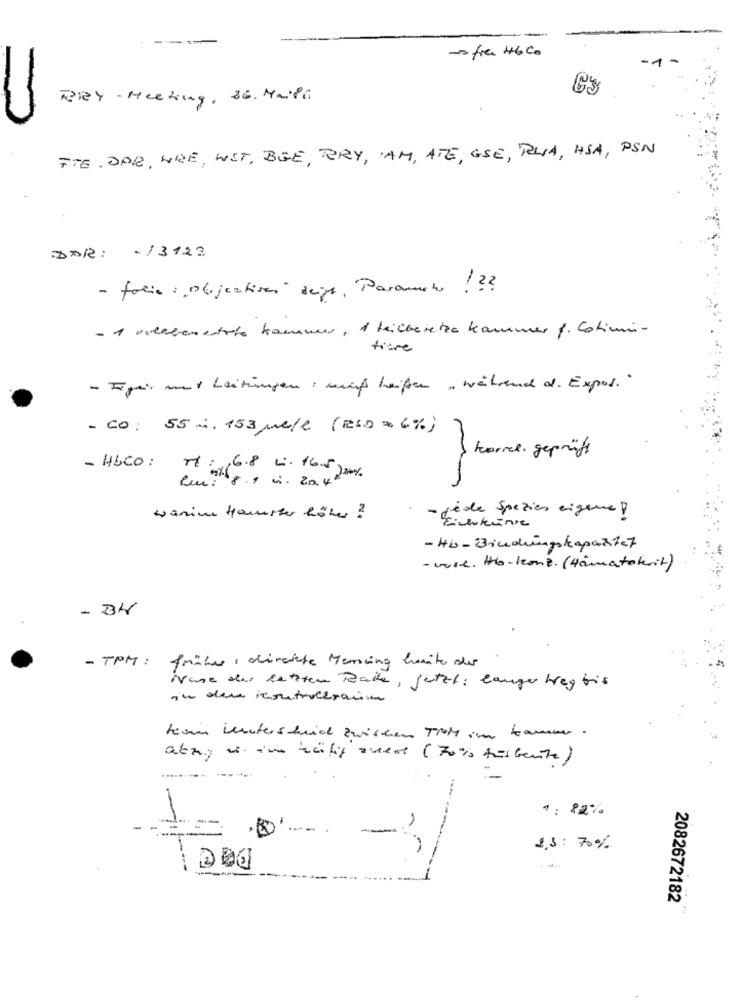
----
- free HbCo
es
TRY - Meeting, 36. MaPh
FTE . DAR, WIRE, WIT, BGE, RORY, IAM, ATE, ESE, RUA, HSA, PSN
DAR: - 13123
- folie : objectives deige, Paramet !??
- 1 volkbenestrte kammer, 1 teilberetze kammer f. Cotin-
titre
- Eiger mat Leitungen , müß heißen , während d. Expos.
- CO: 55 i. 153 mele (RSO = 6%)
torre geprüft
- HbCO: rt :, , 6.8 L. 16.5 )um)
eur. 8.1 1. 204200%.
jede Spezies eigene !
wanime Hamster höher ?
- Einenknie
- Hb- Bindungskapasitet
- wie. Hbo- konz. (Hämatokrit)
- BW
- TPM : früher , direkte Messung heite der
Nase der letzten Baile, Jetzt: langer Weg bis
in dere inoltrocesarina
kann wunterschied zwischen TOM im teammr .
atzy us im käfig quest (70is fürbente)
1. 82%
--
1
--=
2.5: 70%
2082672182